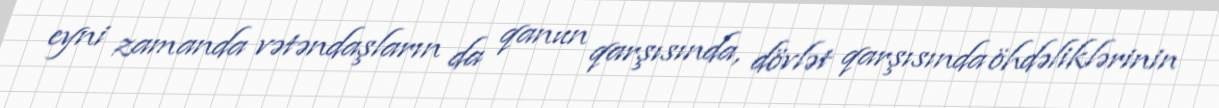
eyni zamanda vətəndaşların da qanun qarşısında, dövlət qarşısında öhdəliklərinin